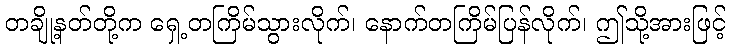
တချို့နတ်တို့က ရှေ့တကြိမ်သွားလိုက်၊ နောက်တကြိမ်ပြန်လိုက်၊ ဤသို့အားဖြင့်